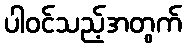
ပါဝင်သည့်အတွက်